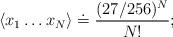
LaTeX: \begin{align*}\langle x_1\dots x_N \rangle \doteq \frac{(27/256)^N}{N!};\end{align*}